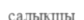
салықшы